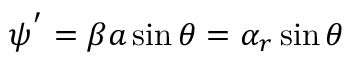
\psi ^ { ' } = \beta a \sin \theta = \alpha _ { r } \sin \theta